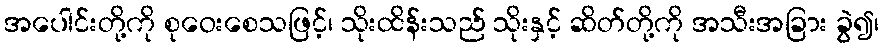
အပေါင်းတို့ကို စုဝေးစေသဖြင့်၊ သိုးထိန်းသည် သိုးနှင့် ဆိတ်တို့ကို အသီးအခြား ခွဲ၍၊